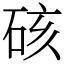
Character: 硋